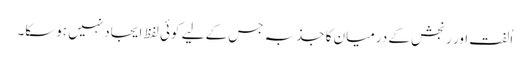
اُلفت اور رنجش کے درمیان کا جذبہ جس کے لیے کوئی لفظ ایجاد نہیں ہوسکا۔